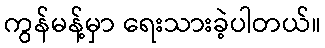
ကွန်မန့်မှာ ရေးသားခဲ့ပါတယ်။